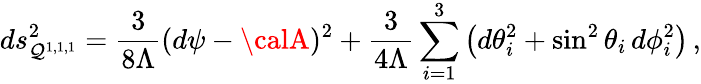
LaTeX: ds_{\mathcal{Q}^{1,1,1}}^{2}=\frac{{3}}{{8\Lambda}}(d\psi-{\calA})^{2}+\frac{{3}}{{4\Lambda}}\sum_{i=1}^{3}\left(d\theta_{i}^{2}+\sin^{2}\theta_{i}\, d\phi_{i}^{2}\right)\, ,